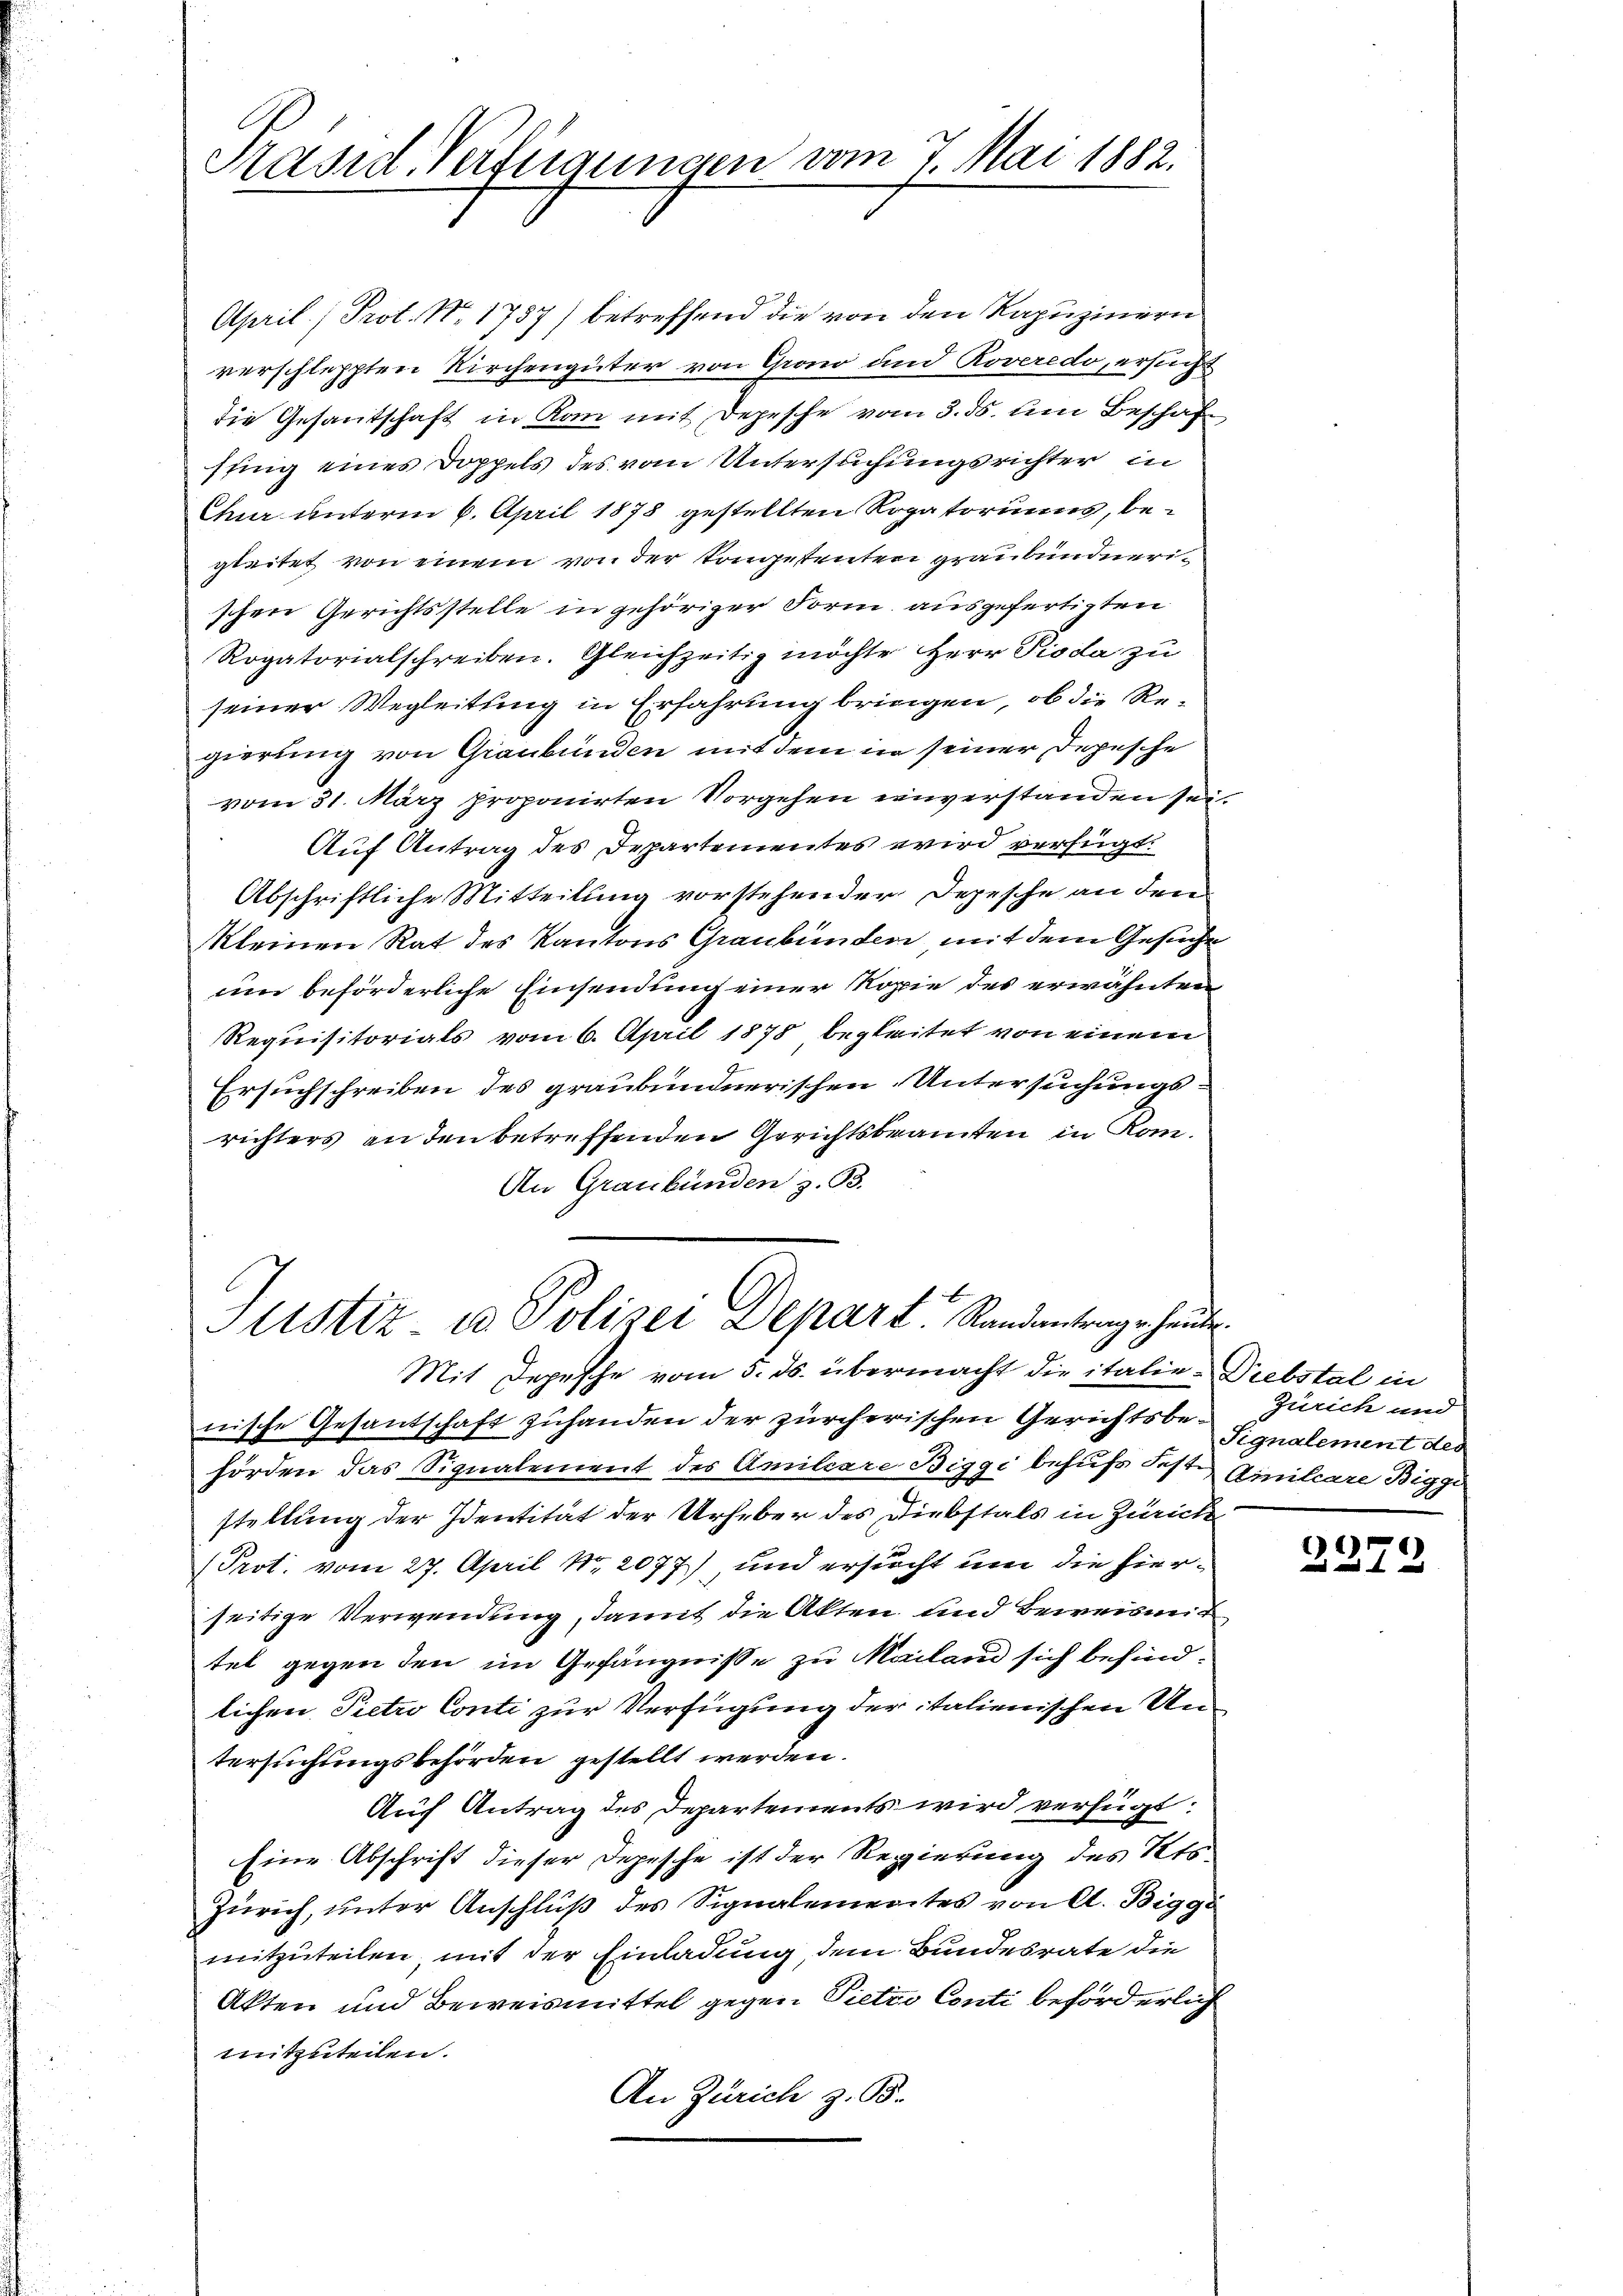
Präsid. Verfügungen vom 7. Mai 1882.

April) Prot. No. 1787) betreffend die von den Kapuzinern
verschleppten Kirchengüter von Grono und Roveredo, ersucht
Die Gesandtschaft in Kan mit Depesche vom 3. ds. um Beschaf
ffing eines Doppels des vom Untersuchungsrichter in
Chur unterm 6. April 1878 gestellten Rogatoriums, begleitet von einem von der Kongestenten graubündnerischen Gerichtsstelle in gehöriger Form ausgefertigten
Rogatorialschreiben. Gleichzeitig möchte HHerr Pioda zu
seiner Wegleitung in Erfahrung bringen, ob die Regierung von Graubünden mit dem in seiner Depesche
vom 31. März proponirten Vorgehen einverstanden sei
Auf Antrag des Departementes wird verfügt:
Abschriftliche Mitteilung vorstehender Depesche an den
Kleinen Rat des Kantons Graubünden mit dem Gesuche
um beförderliche Einsendung einer Kopie des erwähnten
Requisitorials vom 6. April 1878 begleitet von einem
.
Ersuchschreiben des graubündnerischen Untersuchungsrichters an den betreffenden Gerichtsbeamten in Kan¬
An Graubünden z. B.

Justiz- u Polizei Depart. Randantrage heute.
Mit Depesche vom 5. ds. übermacht die italie-Diebstal in

nische Gesantschaft zuhanden der zürcherischen Gerichtsbehörden das Signalement des Amiliare Biggi behufs Fest. Amiliare Biggi
stellung der Identität der Urheber des Diebstals in Zürich
Prot. vom 27. April Nr. 2077), und ersucht um die hierseitige Verwendung, damit die Akten und Beweismit
tet gegen den im Gefängnisse zu Mailand sich besind.
lichen Pietro Conti zur Verfügung der italienischen Untersuchungsbehörden gestellt werden.
Auf Antrag des Departements wird verfügt:
Eine Abschrift dieser Depesche ist der Regierung des Kts.
Zürich, unter Anschluß des Signalementes von A. Bigge
mitzuteilen, mit der Einladung, dem Bundesrate die
Akten und Beweismittel gegen Pietro Conti beförderlich
mitzuteilen.
An Zürich z. B.

2

Zürich und
Signalement des

2279